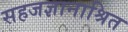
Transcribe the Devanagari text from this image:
सहजज्ञानाश्रित